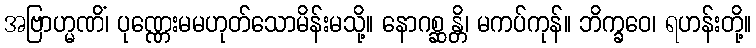
အဗြာဟ္မဏိံ၊ ပုဏ္ဏေးမမဟုတ်သောမိန်းမသို့။ နောဂစ္ဆန္တိ၊ မကပ်ကုန်။ ဘိက္ခဝေ၊ ရဟန်းတို့။